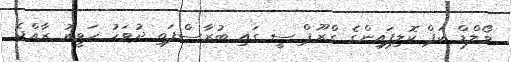
ވޯލްޑް ކަޕް ކޮލިފައިންގެ ގްރޫޕް ސީ ގައި ބުރާސްފަތި ދުވަހު ހަވީރު ރާއްޖެ